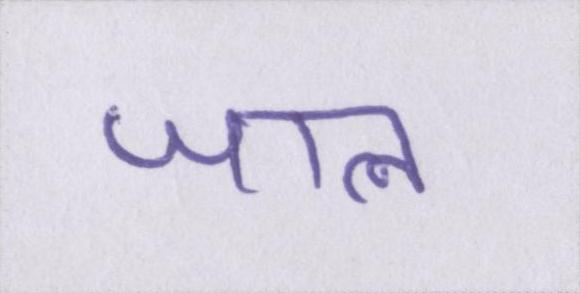
जाल